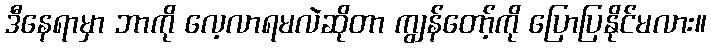
ဒီနေရာမှာ ဘာကို လေ့လာရမလဲဆိုတာ ကျွန်တော့်ကို ပြောပြနိုင်မလား။